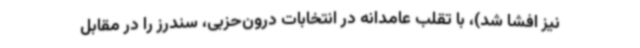
نیز افشا شد)، با تقلب عامدانه در انتخابات درون‌حزبی، سندرز را در مقابل